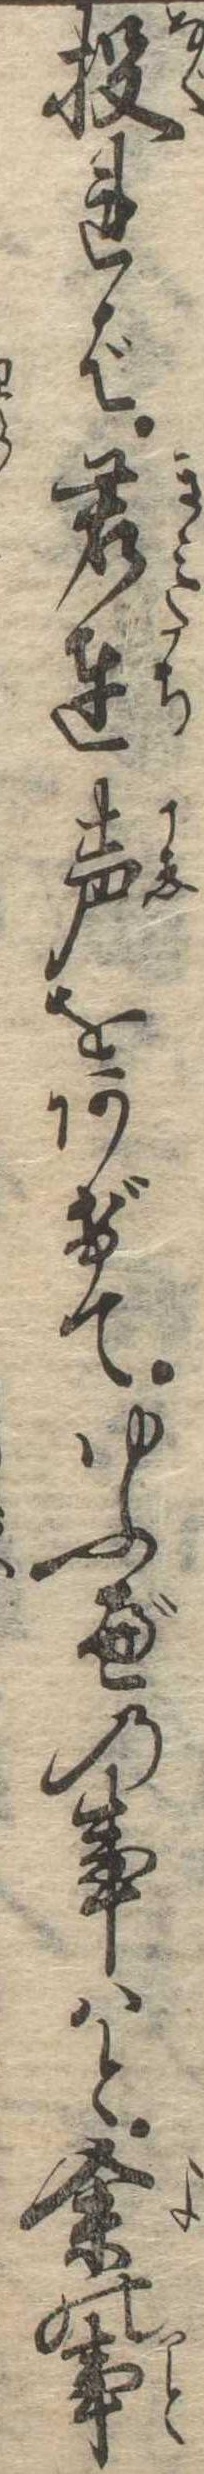
投れば君達声をあげてゆふべの事はと余の事